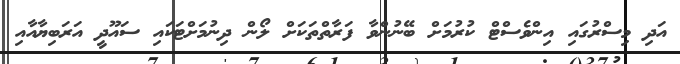
އަދި މިސްރުގައި އިންވެސްޓް ކުރުމަށް ބޭނުންވާ ފަރާތްތަކަށް ލޯން ދިނުމަށްޓަކައި ސައޫދީ އަރަބިޔާއާއި